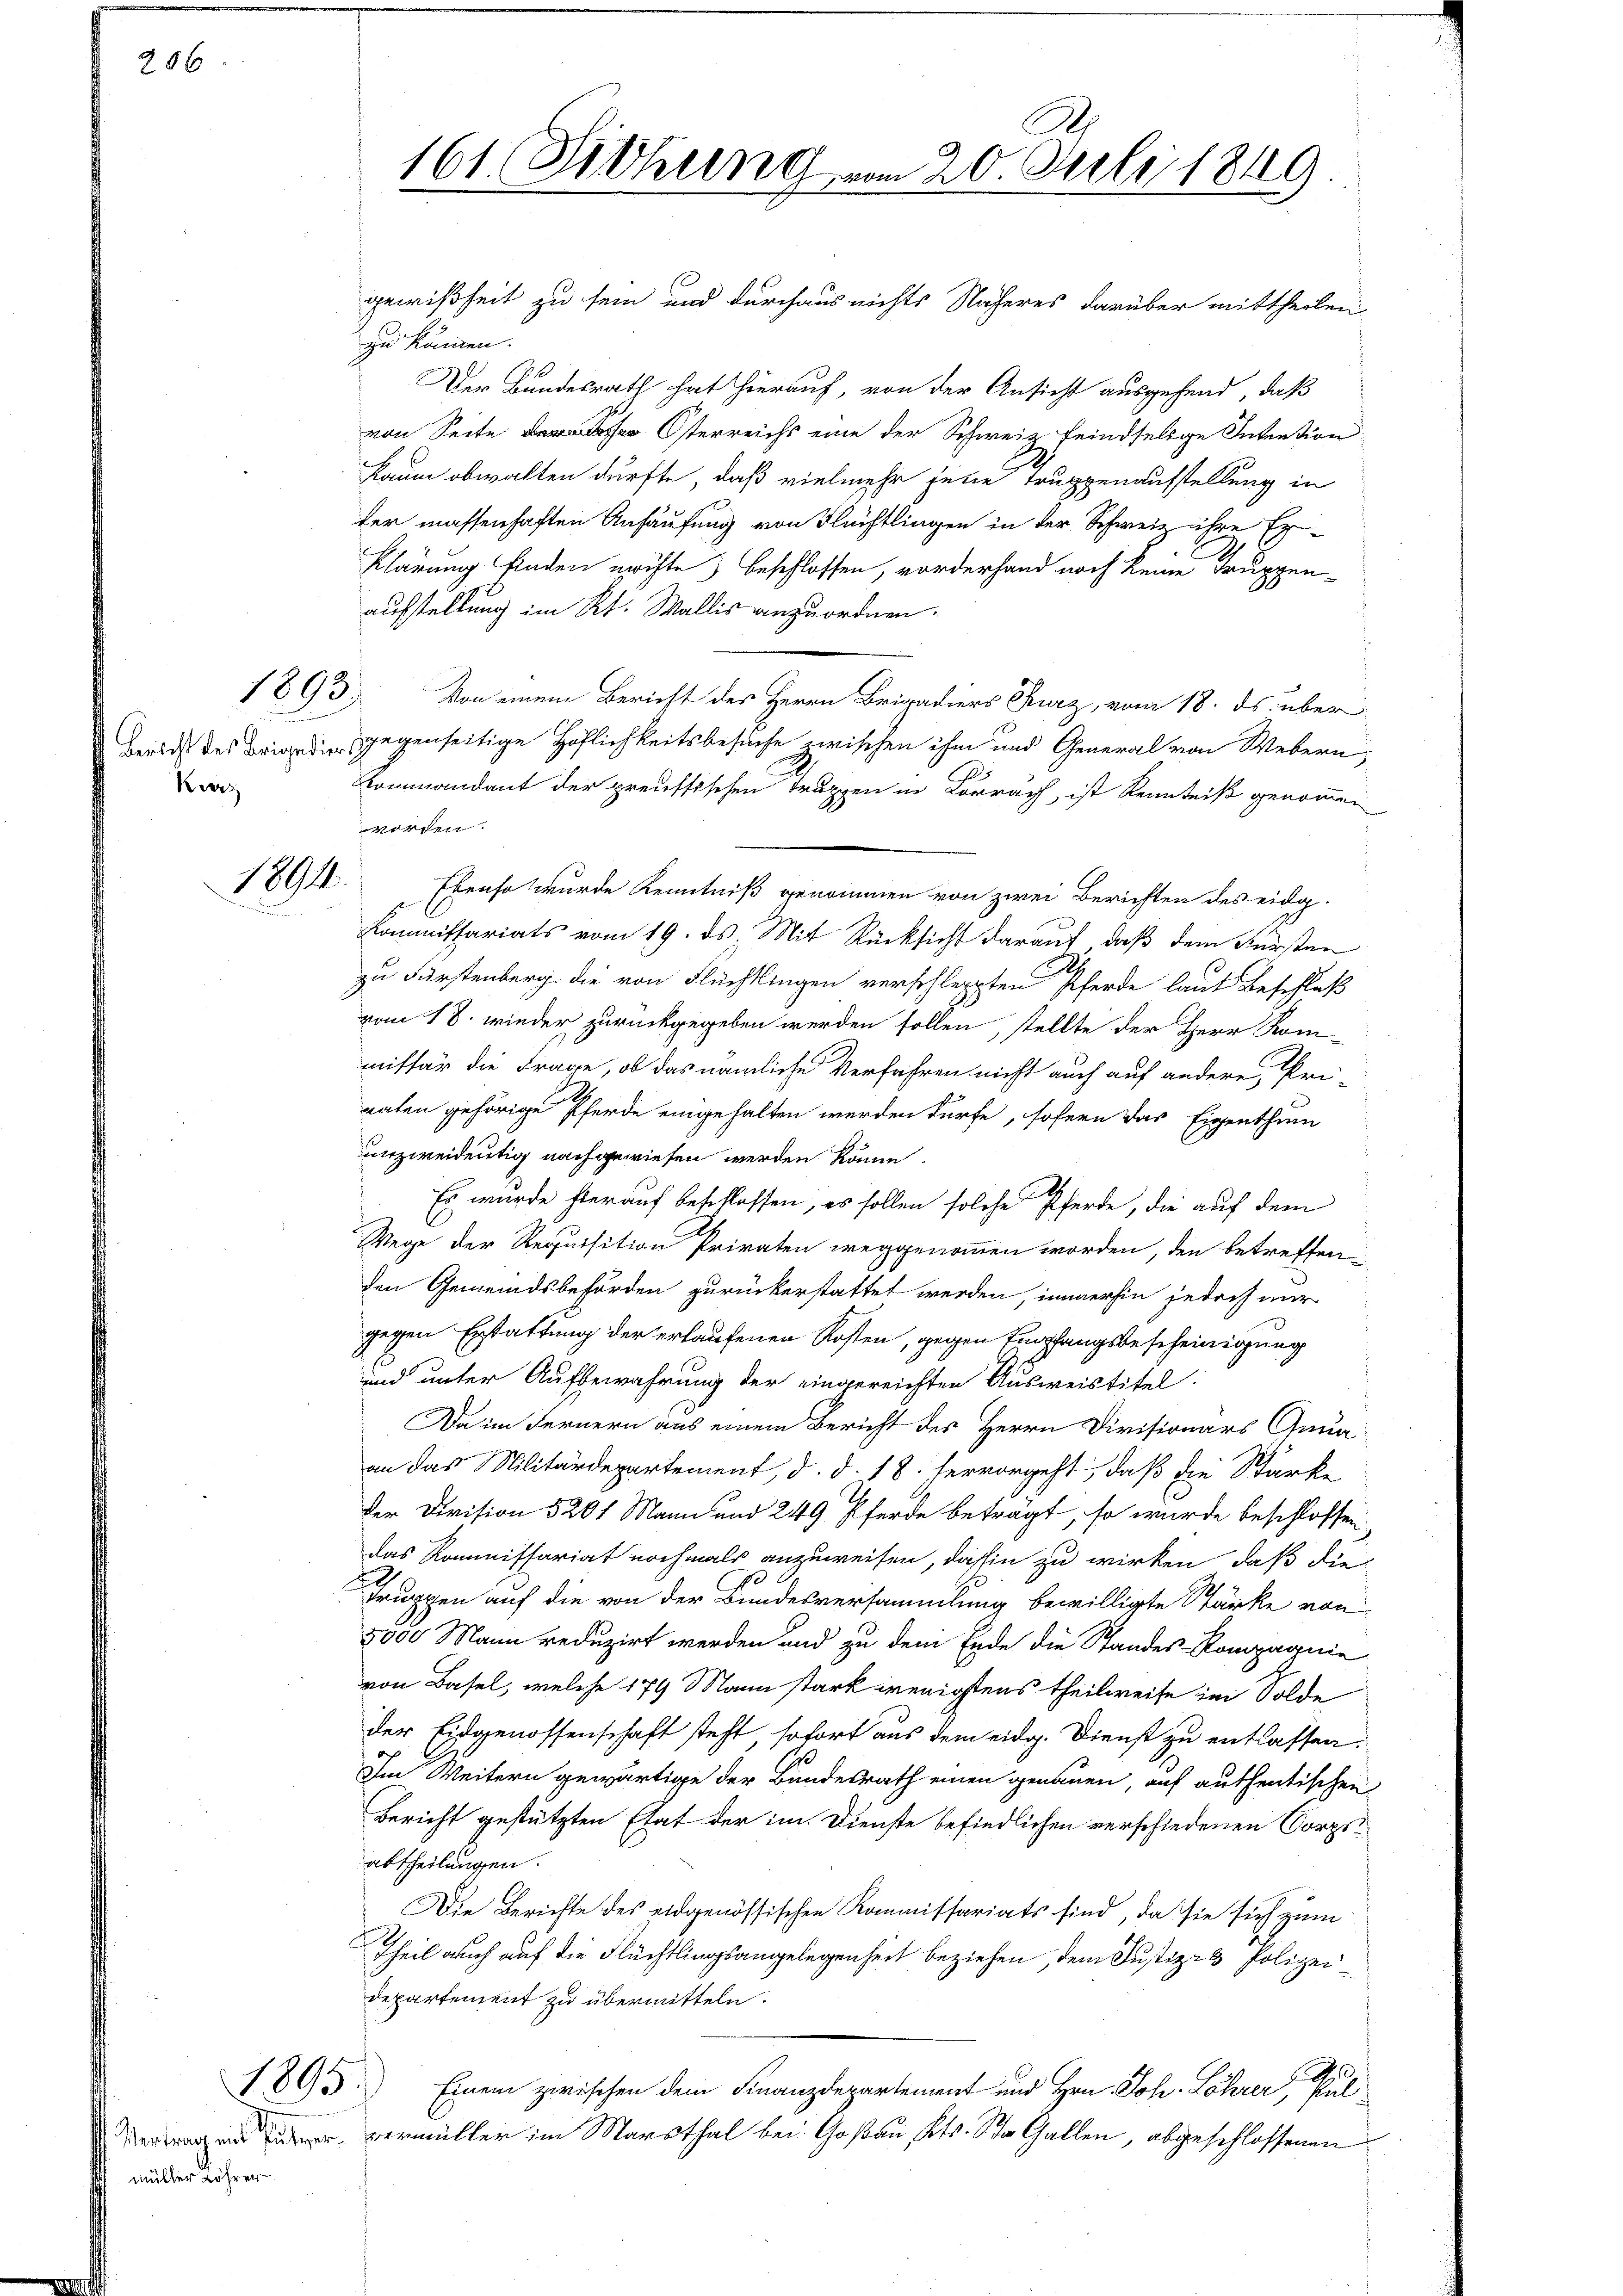
286

Kurz

1893

1801.

von Seite Osterreichs eine der Schweiz feindselige Intention
Raum obwalten dürfte, daß vielmehr seine Truppenaufstellung in
ter massenhaften Anhäufung von Flüchtlingen in der Schweiz ihre Er¬
Klärung finden möchte) beschlossen, vorderhand noch keine Truppenaufstellung im Kt. Wallis anzuordnen.
Von einem Bericht des Herrn Brigadiers Kurz, vom 18. ds. über
Bericht des Brige gegenseitige Höflichkeitsbesuche zwischen ihm und General von Webern,
Kommandant der preussischen Truppen in Lörrach, ist Kenntniß genommen
worden.
Ebenso wurde Kenntniß genommen von zwei Berichten des eidg.
Kommissariats vom 19. ds. Mit Rücksicht darauf, daß dem Fürsten
zu Fürstenberg. die von Flüchtlingen verschleppten Pferde laut Beschluß
vom 18. wieder zurückgegeben werden sollen, stellte der Herr Kom-
missär die Frage, ob das nämliche Verfahren nicht auch auf andere, Pri-
raten gehörige Pferde eingehalten werden dürfe, sofern das Eigenthum
unzweideutig nachgewiesen werden könne.
Es wurde hierauf beschlossen, es sollen solche Pferde, die auf dem
Wege der Requisition Privaten weggenommen worden, den betreffen-
den Gemeindsbehörden zurückerstattet werden, immerhin jedoch nur
gegen Erstattung der erkaufenen Kosten, gegen Empfangsbescheinigung
und unter Aufbewahrung der eingereichten Ausweistitel.
Da im Fernern aus einem Bericht des Herrn Divisionars Gena
an das Militärdepartement, d. d. 18. hervorgeht, daß die Starke
75
Der Division 5201 Mann und 249. Pferde beträgt, so würde beschlossen
das Kommissariat nochmals anzuweisen, dahin zu wirken, daß die
2
G
truppen auf die von der Bundesversammlung bewilligte Stärke von
5000 Mann reduzirt werden und zu dem Ende die Standes-Kompagnie
von Basel, welche 179 Mann stark wenigstens theilweise im Solde
der Eidgenossenschaft steht, sofort aus dem eidg. Dienst zu entlassen.
Im Weitern gewärtige der Bundesrath einen genauen, auf authentischen
Bericht gestützten Etat der im Dienste befindlichen verschiedenen Corpiabtheilungen.
Die Berichte des eidgenössischen Kommissariats sind, da sie sich zum
Theil auch auf die Flüchtlingsangelegenheit beziehen, dem Justiz- & Polizeidepartement zu übermitteln.
2.
Einem zwischen dem Finanzdepartement und Hrn. Joh. Löhrer, Pul-
 vermüller im Marsthal bei Goßau, Kts. St. Gallen, abgeschlossenen

1895

gewißheit zu sein und durchaus nichts Näheres darüber mittheilen
zu können.
Der Bundesrath hat hierauf, von der Ansicht ausgehend, daß

müller Löhrer

G
161. Siehung vom 20. Juli 1849